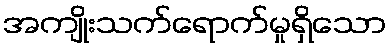
အကျိုးသက်ရောက်မှုရှိသော